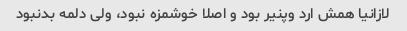
لازانیا همش ارد و‌پنیر بود و اصلا خوشمزه نبود، ولی دلمه بدنبود